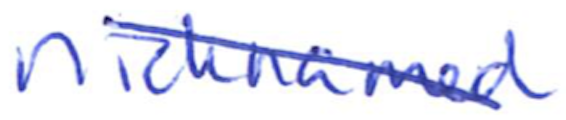
Text: nicknamed
Cross-out: diagonal
Writing tool: ballpoint